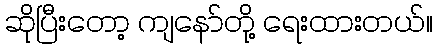
ဆိုပြီးတော့ ကျနော်တို့ ရေးထားတယ်။